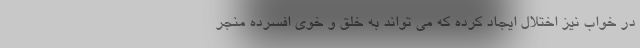
در خواب نیز اختلال ایجاد کرده که می تواند به خلق و خوی افسرده منجر